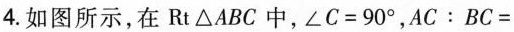
4.如图所示，在Rt△ABC中，$$∠ C = 9 0 °$$，$$A C ： B C =